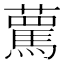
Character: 𧁦